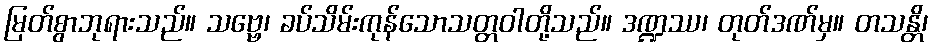
မြတ်စွာဘုရားသည်။ သဗ္ဗေ၊ ခပ်သိမ်းကုန်သောသတ္တဝါတို့သည်။ ဒဏ္ဍဿ၊ တုတ်ဒဏ်မှ။ တသန္တိ၊